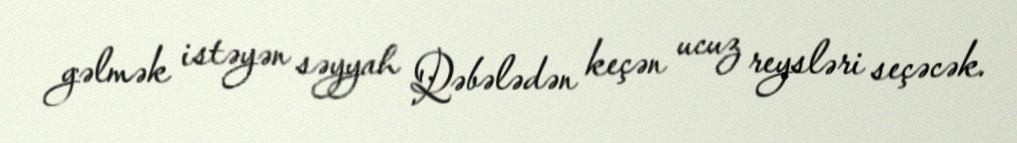
gəlmək istəyən səyyah Qəbələdən keçən ucuz reysləri seçəcək.